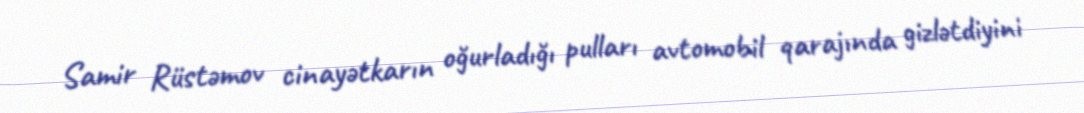
Samir Rüstəmov cinayətkarın oğurladığı pulları avtomobil qarajında gizlətdiyini